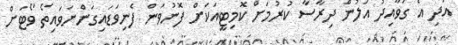
އަދި އެ ގަވާއިދު އަލުން ދިރާސާ ކުރުމަށް ކޮމިޓީއަކަށް ފޮނުވަން ފެނިވަޑައިގަންނަވައިތޯ ވޯޓަށް